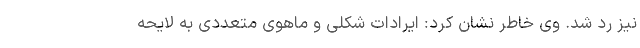
نیز رد شد. وی خاطر نشان کرد: ایرادات شکلی و ماهوی متعددی به لایحه